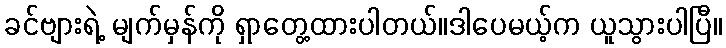
ခင်ဗျားရဲ့ မျက်မှန်ကို ရှာတွေ့ထားပါတယ်။ဒါပေမယ့်က ယူသွားပါပြီ။